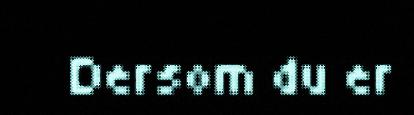
Dersom du er